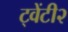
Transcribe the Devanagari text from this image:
ट्वेंटी२